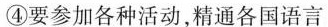
④要参加各种活动，精通各国语言